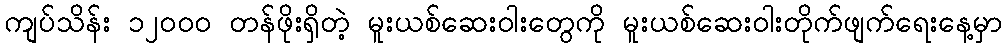
ကျပ်သိန်း ၁၂၀၀၀ တန်ဖိုးရှိတဲ့ မူးယစ်ဆေးဝါးတွေကို မူးယစ်ဆေးဝါးတိုက်ဖျက်ရေးနေ့မှာ